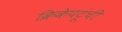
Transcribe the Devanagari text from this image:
क्रिकेपटूंची